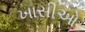
ખાસીઓ